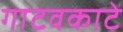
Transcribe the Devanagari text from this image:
गाटवकाटे